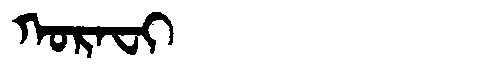
Manchu: ᡴᠣᡵᠠᠸᡳ
Romanization: KORAFI